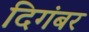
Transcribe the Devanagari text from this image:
दिगंबर